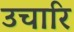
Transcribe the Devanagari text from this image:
उचारि